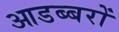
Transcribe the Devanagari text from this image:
आडब्बरों